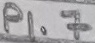
Text: P1.7